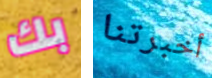
بك أخبرتنا